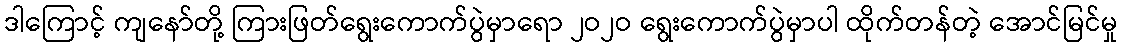
ဒါကြောင့် ကျနော်တို့ ကြားဖြတ်ရွေးကောက်ပွဲမှာရော ၂ဝ၂ဝ ရွေးကောက်ပွဲမှာပါ ထိုက်တန်တဲ့ အောင်မြင်မှု